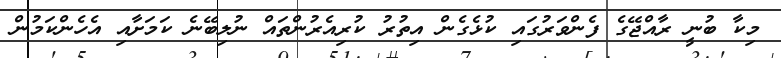
މިކާ ބުނީ ރާއްޖޭގެ ފެންވަރުގައި ކުޅެގެން އިތުރު ކުރިއެރުންތައް ނުލިބޭނެ ކަމަށާއި އެހެންކަމުން